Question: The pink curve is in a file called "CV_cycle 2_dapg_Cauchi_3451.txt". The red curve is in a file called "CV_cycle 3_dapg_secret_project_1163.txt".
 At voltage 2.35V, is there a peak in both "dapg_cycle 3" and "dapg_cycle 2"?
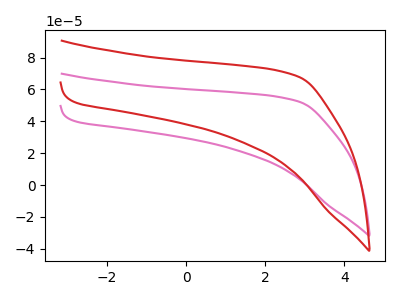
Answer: <think>The pink curve "dapg_cycle 2" has no peaks. The red curve "dapg_cycle 3" has no peaks.</think>
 <answer>No, "dapg_cycle 3" and "dapg_cycle 2" dont share a peak at 2.35V.</answer>
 <eval>mismatch</eval>